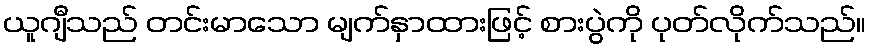
ယူဂျီသည် တင်းမာသော မျက်နှာထားဖြင့် စားပွဲကို ပုတ်လိုက်သည်။